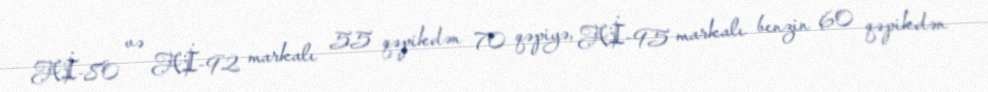
Aİ-80 və Aİ-92 markalı 55 qəpikdən 70 qəpiyə, Aİ-95 markalı benzin 60 qəpikdən